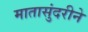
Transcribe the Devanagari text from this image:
मातासुंदरीने